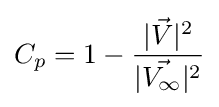
C_{p}=1-{\frac {|{\vec {V}}|^{2}}{|{\vec {V_{\infty }}}|^{2}}}